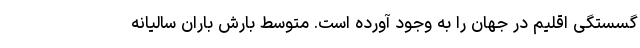
گسستگی اقلیم در جهان را به وجود آورده است. متوسط بارش باران سالیانه